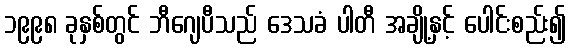
၁၉၉၈ ခုနှစ်တွင် ဘီဂျေပီသည် ဒေသခံ ပါတီ အချို့နှင့် ပေါင်းစည်း၍